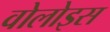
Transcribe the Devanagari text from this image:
वोलोइस